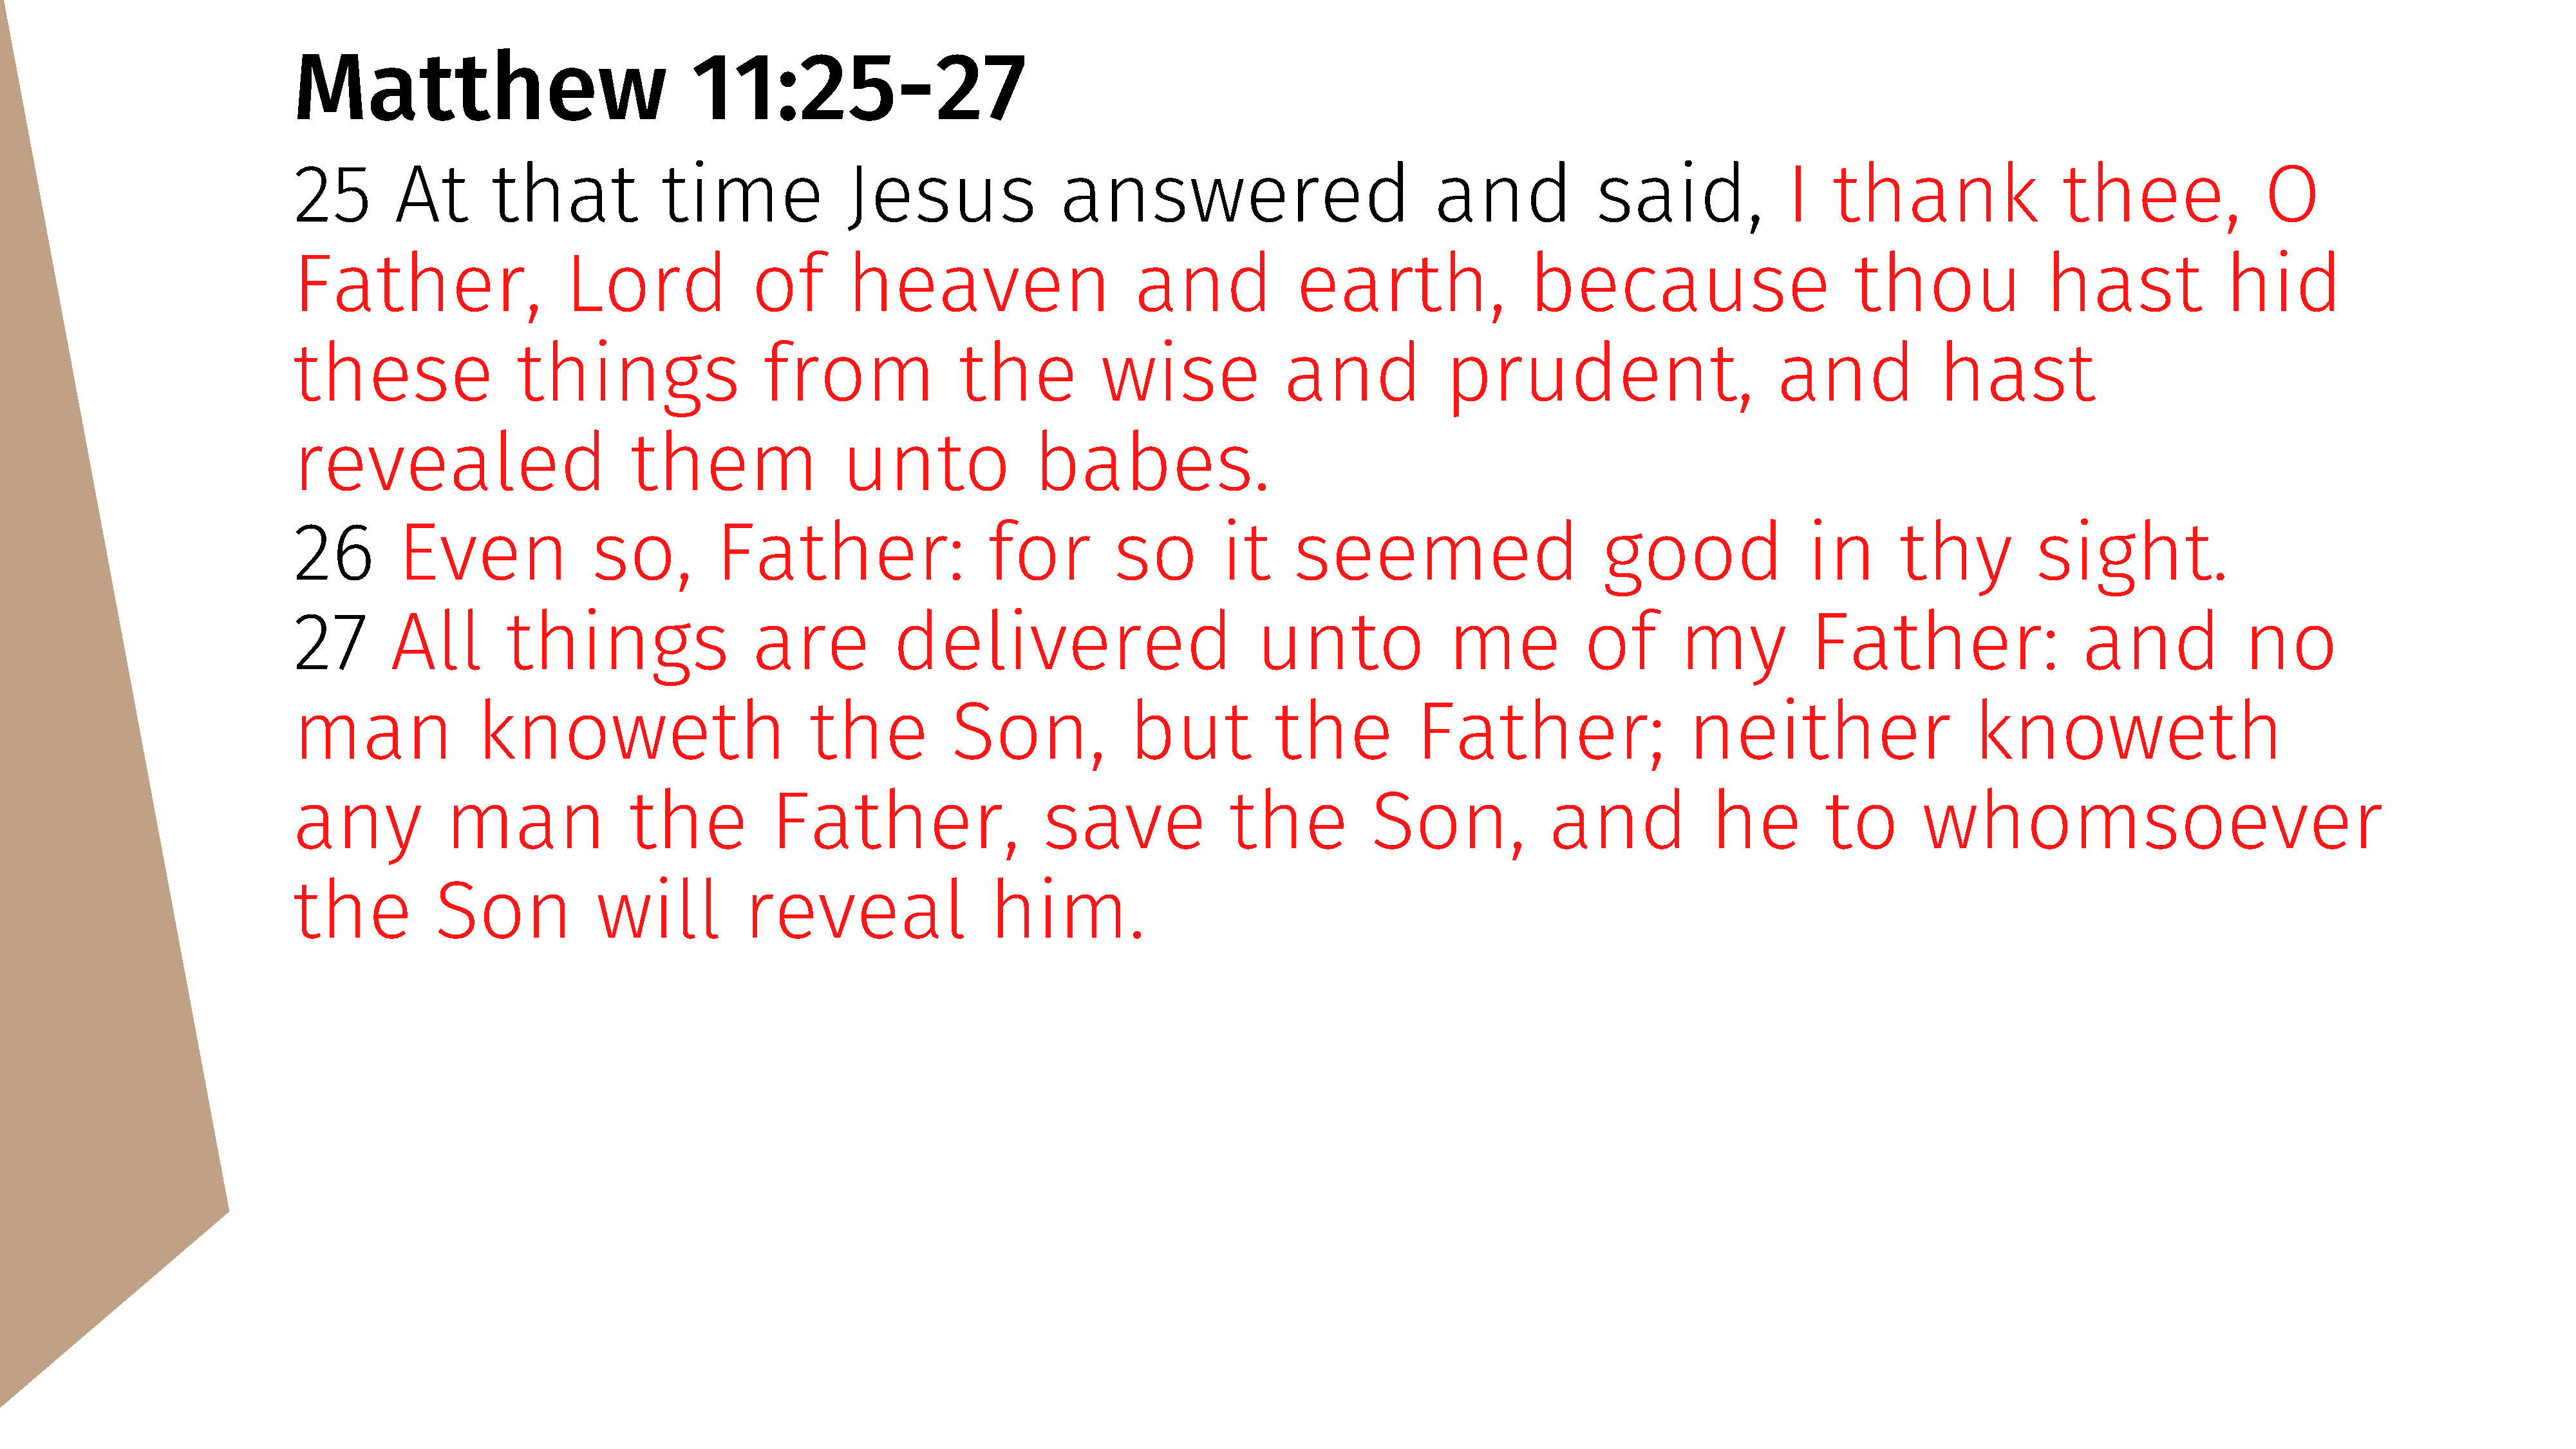
Matthew                                  11:25-27
 25         At       that              time               Jesus                 answered                              and              said,               I   thank                   thee,                O
 Father,                     Lord               of        heaven                        and             earth,                  because                           thou               hast               hid
 these                  things                   from                 the           wise               and              prudent,                          and             hast
 revealed                           them                  unto               babes.
 26         Even                so,          Father:                     for         so          it     seemed                          good                 in       thy           sight.
 27        All         things                   are            delivered                            unto                me            of        my           Father:                     and              no
 man                knoweth                           the            Son,              but            the            Father;                     neither                      knoweth
 any             man                the           Father,                     save               the            Son,              and              he          to        whomsoever
 the            Son             will           reveal                    him.